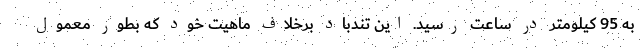
به 95 کیلومتر در ساعت رسید. این تندباد برخلاف ماهیت خود که بطور معمول